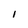
Character: I